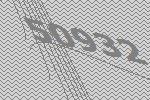
50932